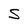
Character: S